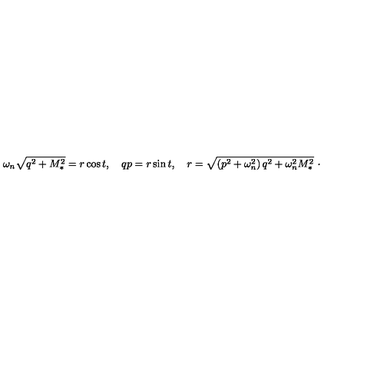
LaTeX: \omega _ { n } \sqrt { q ^ { 2 } + M _ { \ast } ^ { 2 } } = r \cos t , \quad q p = r \sin t , \quad r = \sqrt { \left( p ^ { 2 } + \omega _ { n } ^ { 2 } \right) q ^ { 2 } + \omega _ { n } ^ { 2 } M _ { \ast } ^ { 2 } } \ \cdot